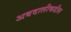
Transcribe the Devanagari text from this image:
अबदालीकडील